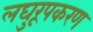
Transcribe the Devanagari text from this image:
लघुरूपकरण